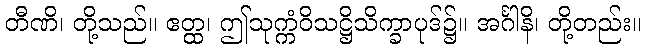
တီဏိ၊ တို့သည်။ ဧတ္ထ၊ ဤသုက္ကံဝိသဋ္ဌိသိက္ခာပုဒ်၌။ အင်္ဂါနိ၊ တို့တည်း။